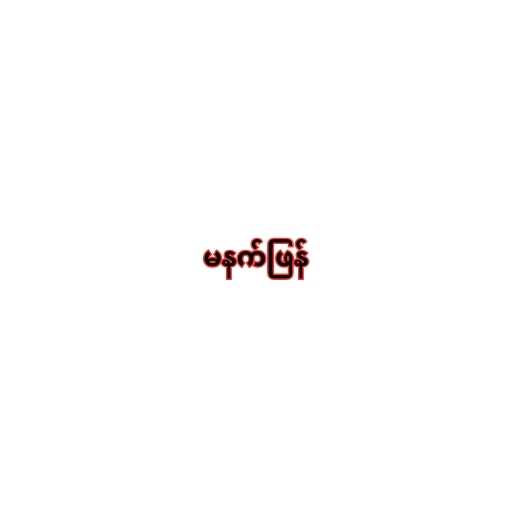
မနက်ဖြန်